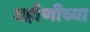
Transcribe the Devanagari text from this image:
बहीणीच्या